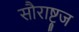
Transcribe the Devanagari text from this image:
सौराष्ट्रज